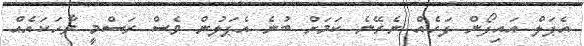
އެޕަލް އައިފޯން ފަހެއް ނެރޭނެ ކަމަށް ބުނެ އެޕަލުން ވެސް ރަސްމީ ވާހަކައެއް